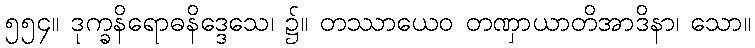
၅၅၄။ ဒုက္ခနိရောဓနိဒ္ဒေသေ၊ ၌။ တဿာယေဝ တဏှာယာတိအာဒိနာ၊ သော။